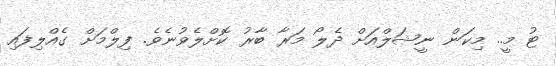
ޓު މީ.. މިކަން ނީޝަލްއަށް ދެލޯ މަރާ ބާރު ކޮށްލެވުނެވެ. ފިލްމަށް ގެއްލިފައި